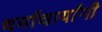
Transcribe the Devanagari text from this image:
धर्माचार्यांनी